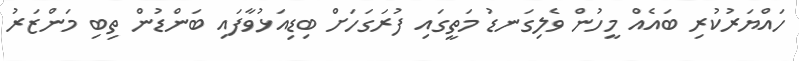
ހައްޔަރުކުރި ބައެއް މީހުން ވެލިގަނޑު މަތީގައި ފުރަގަހަށް ބިޑިއަޅުވާފައި ބަންޑުން ތިބި މަންޒަރު